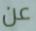
عن